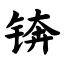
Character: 锛